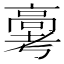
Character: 𬴗